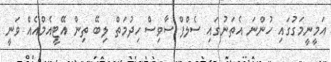
އަމީނީމަގުގައި ހުންނަ އެތަނުގައި ސެލްފް ސާވިސް ހިދުމަތް ލިބޭ ތިން އޭޓީއެމްއެއް ވަނީ